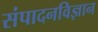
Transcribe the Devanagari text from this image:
संपादनविज्ञान